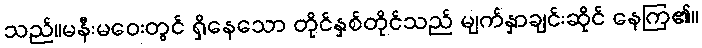
သည်။မနီးမဝေးတွင် ရှိနေသော တိုင်နှစ်တိုင်သည် မျက်နှာချင်းဆိုင် နေကြ၏။